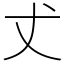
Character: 𠀋